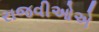
રાજવીઓએ